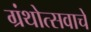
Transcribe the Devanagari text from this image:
ग्रंथोत्सवाचे